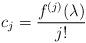
LaTeX: \begin{align*}c_j = \frac{f^{(j)}(\lambda)}{j!}\end{align*}